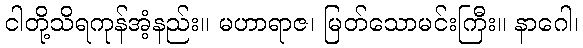
ငါတို့သိရကုန်အံ့နည်း။ မဟာရာဇ၊ မြတ်သောမင်းကြီး။ နာဂေါ၊